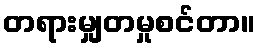
တရားမျှတမှုစင်တာ။